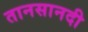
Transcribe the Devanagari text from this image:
तानसानदी